Report on sanitation, dispensaries, and jails in Rajputana for 1915, and on vaccination for the year 1915-1916 - 1915-1916
Year: 1915
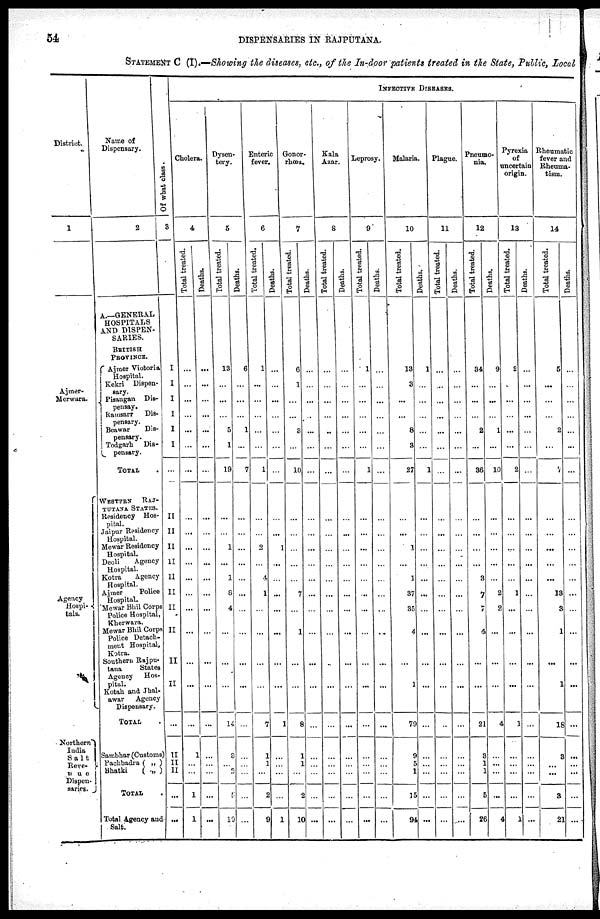
54
DISPENSARIES IN RAJPUTANA.
STATEMENT C (I).—Showing the diseases, etc., of the In-door patients treated in the State, Public, Local
District.
1
Ajmer-
Merwara.
Agency
Hospi-
tals.
Northern
India
Salt
Reve-
nue
Dispen-
saries.
Name of
Dispensary.
2
A.—GENERAL
HOSPITALS
AND DISPEN-
SARIES.
BRITISH
PROVINCE.
Ajmer Victoria
Hospital.
Kekri Dispen-
sary.
Pisangan Dis-
pensay.
Ramsarr
Dis-
pensary.
Beawar
Dis-
pensary.
Todgarh Dis-
pensary.
TOTAL .
WESTERN RAJ-
PUTANA STATES.
Residency Hos-
pital.
Jaipur Residency
Hospital.
Mewar Residency
Hospital.
Deoli
Agency
Hospital.
Kotra
Agency
Hospital.
Ajmer
Police
Hospital.
Mewar Bhil Corps
Police Hospital,
Kherwara.
Mewar Bhil Corps
Police Detach-
ment Hospital,
Kotra.
Southern Rajpu-
tana
States
Agency Hos-
pital.
Kotah and Jhal-
awar
Agency
Dispensary.
TOTAL
Sambhar (Customs)
Pachbadra ( „ )
Bhatki
( „ )
TOTAL
Total Agency and
Salt.
Of what class.
3
I
I
I
I
I
I
...
II
II
II
II
II
II
II
II
II
II
...
II
II
II
...
...
INFECTIVE DISEASES.
Cholera.
4
Total treated.
...
...
...
...
...
...
...
...
...
...
...
...
...
...
...
...
...
...
1
...
...
1
1
Deaths.
...
...
...
...
...
...
...
...
...
...
...
...
...
...
...
...
...
...
...
...
...
...
...
Dysen-
tery.
5
Total treated.
13
...
...
...
5
1
19
...
...
1
...
1
8
4
...
...
...
14
3
...
2
5
10
Deaths.
6
...
...
...
1
...
7
...
...
...
...
...
...
...
...
...
...
...
...
...
...
...
...
Enteric
fever.
6
Total treated.
1
...
...
...
...
...
1
...
...
2
...
4
1
...
...
...
...
7
1
1
...
2
9
Deaths.
...
...
...
...
...
...
...
...
...
1
...
...
...
...
...
...
...
1
...
...
...
...
1
Gonor-
rhœa.
7
Total treated.
6
1
...
...
3
...
10
...
...
...
...
...
7
...
1
...
...
8
1
1
...
2
10
Deaths.
...
...
...
...
...
...
...
...
...
...
...
...
...
...
...
...
...
...
...
...
...
...
...
Kala
Azar.
8
Total treated.
...
...
...
...
...
...
...
...
...
...
...
...
...
...
...
...
...
...
...
...
...
...
...
Deaths.
...
...
...
...
...
...
...
...
...
...
...
...
...
...
...
...
...
...
...
...
...
...
...
Leprosy.
9
Total treated.
1
...
...
...
...
...
1
...
...
...
...
...
...
...
...
...
...
...
...
...
...
...
...
Deaths.
...
...
...
...
...
...
...
...
...
...
...
...
...
...
...
...
...
...
...
...
...
...
...
Malaria.
10
Total treated.
13
3
...
...
8
3
27
...
...
1
...
1
37
35
4
...
1
79
9
5
1
15
94
Deaths.
1
...
...
...
...
...
1
...
...
...
...
...
...
...
...
...
...
...
...
...
...
...
...
Plague.
11
Total treated.
...
...
...
...
...
...
...
...
...
...
...
...
...
...
...
...
...
...
...
...
...
...
...
Deaths.
...
...
...
...
...
...
...
...
...
...
...
...
...
...
...
...
...
...
...
...
...
...
...
Pneumo-
nia.
12
Total treated.
34
...
...
...
2
...
36
...
...
...
...
3
7
7
4
...
...
21
3
1
1
5
26
Deaths.
9
...
...
...
1
...
10
...
...
...
...
...
2
2
...
...
...
4
...
...
...
...
4
Pyrexia
of
uncertain
origin.
13
Total treated.
2
...
...
...
...
...
2
...
...
...
...
...
1
...
...
...
...
1
...
...
...
...
1
Deaths.
...
...
...
...
...
...
...
...
...
...
...
...
...
...
...
...
...
...
...
...
...
...
...
Rheumatic
fever and
Rheuma-
tism.
14
Total treated.
5
...
...
...
2
...
...
...
...
...
...
...
13
3
1
...
1
18
3
...
...
3
21
Deaths.
...
...
...
...
...
...
...
...
...
...
...
...
...
...
...
...
...
...
...
...
...
...
...